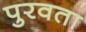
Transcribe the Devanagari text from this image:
पुरवता